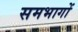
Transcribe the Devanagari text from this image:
समभागों